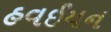
હવઈયન